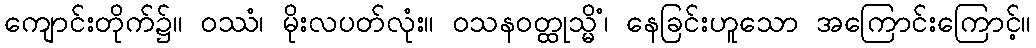
ကျောင်းတိုက်၌။ ဝဿံ၊ မိုးလပတ်လုံး။ ဝသနဝတ္ထုသ္မိံ၊ နေခြင်းဟူသော အကြောင်းကြောင့်။